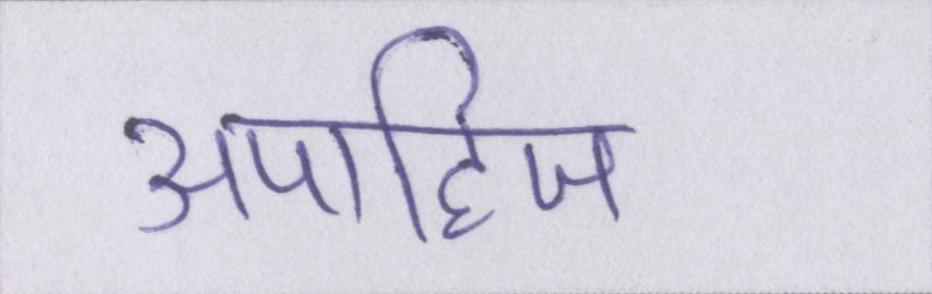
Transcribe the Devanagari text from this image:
अपाहिज